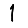
Digit: 1